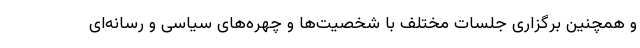
و همچنین برگزاری جلسات مختلف با شخصیت‌ها و چهره‌های سیاسی و رسانه‌ای